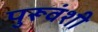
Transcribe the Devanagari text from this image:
पुरूवंशी